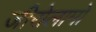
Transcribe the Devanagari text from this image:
जीरोलामो